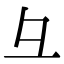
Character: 彑